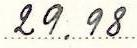
29.98